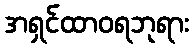
အရှင်ထာဝရဘုရား